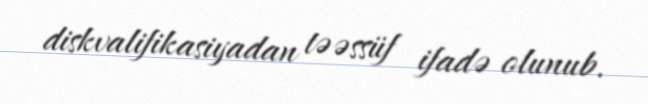
diskvalifikasiyadan təəssüf ifadə olunub.